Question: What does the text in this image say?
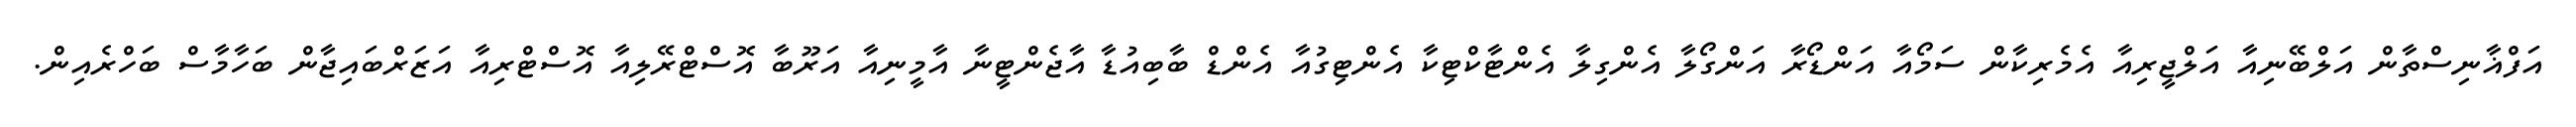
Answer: އަފްޣާނިސްތާން އަލްބޭނިއާ އަލްޖީރިއާ އެމެރިކާން ސަމޯއާ އަންޑޯރާ އަންގޯލާ އެންގިލާ އެންޓާކްޓިކާ އެންޓިގުއާ އެންޑް ބާބިއުޑާ އާޖެންޓީނާ އާމީނިއާ އަރޫބާ އޮސްޓްރޭލިއާ އޮސްޓްރިއާ އަޒަރްބައިޖާން ބަހާމާސް ބަހްރެއިން.